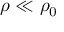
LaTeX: \rho \ll \rho _ { 0 }